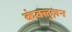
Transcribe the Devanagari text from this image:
कंक्लुज़न